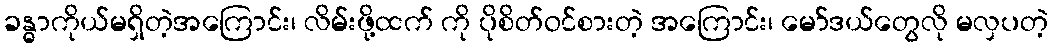
ခန္ဓာကိုယ်မရှိတဲ့အကြောင်း၊ လိမ်းဖို့ထက် ကို ပိုစိတ်ဝင်စားတဲ့ အကြောင်း၊ မော်ဒယ်တွေလို မလှပတဲ့